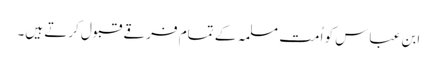
ابن عباس کو اُمت ِمسلمہ کے تمام فرقے قبول کرتے ہیں۔